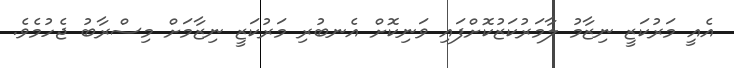
އެއީ މަރުކަޒީ ނިޒާމު ލާމަރުކަޒުކޮށްފައި ވަނިކޮށް އެނބުރި މަރުކަޒީ ނިޒާމަށް މިސްރާބު ޖެހުމެވެ.